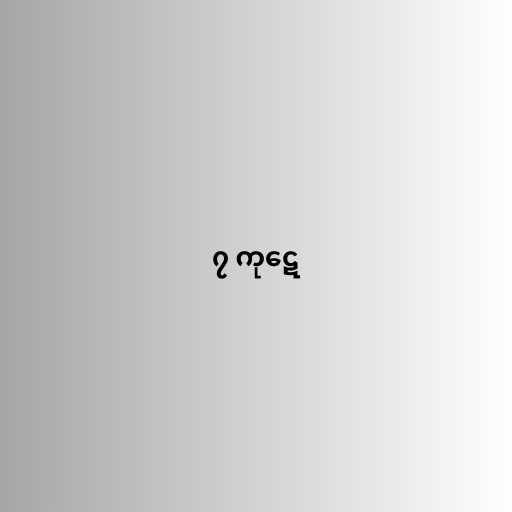
၇ ကုဋေ